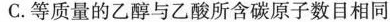
C.等质量的乙醇与乙酸所含碳原子数目相同